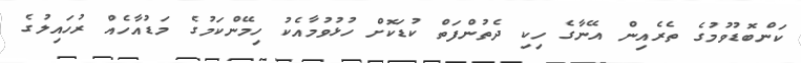
ކަންބޮޑުވުމުގެ ތެރެއިން އޭނާގެ ހިކި ދެތުންފަތް ކުޑަކޮށް ހުޅުވުމާއެކު ހިމޭންކަމުގެ މަޑުއާހެއް ރުހައިލުގެ